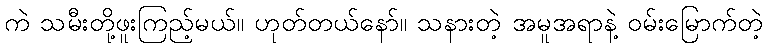
ကဲ သမီးတို့ဖူးကြည့်မယ်။ ဟုတ်တယ်နော်။ သနားတဲ့ အမူအရာနဲ့ ဝမ်းမြောက်တဲ့